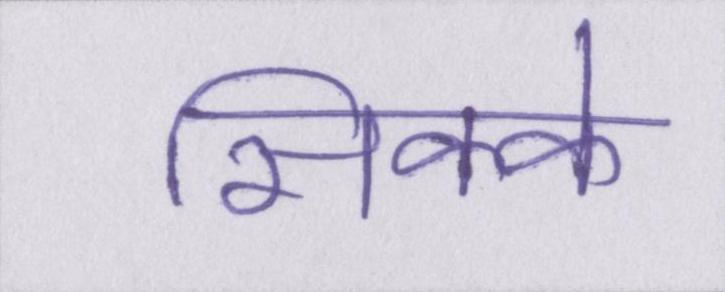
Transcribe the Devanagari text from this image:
सिक्के